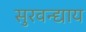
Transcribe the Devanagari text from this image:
सुरवन्द्याय